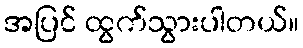
အပြင် ထွက်သွားပါတယ်။